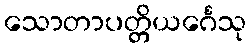
သောတာပတ္တိယင်္ဂေသု